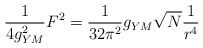
\begin{align*}\frac{1}{4g_{YM}^{2}}F^{2}=\frac{1}{32\pi ^{2}}g_{YM}\sqrt{N}\frac{1}{r^{4}}\end{align*}